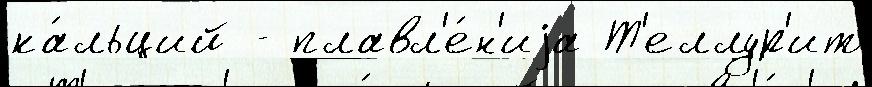
ка́льций - плавл'е́н'иjа Т'еллур'ит